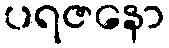
ပရဇနော